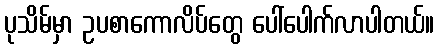
ပုသိမ်မှာ ဥပစာကောလိပ်တွေ ပေါ်ပေါက်လာပါတယ်။